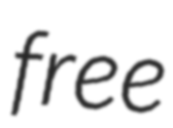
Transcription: free